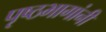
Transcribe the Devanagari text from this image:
पृष्ठभागांनी